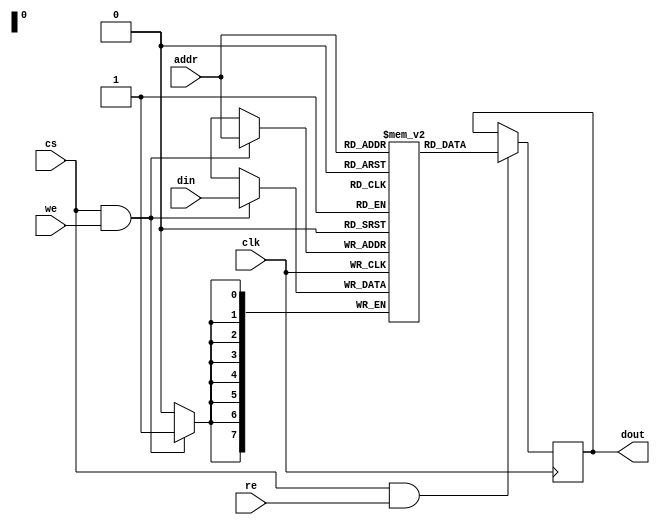
module sram #(
    parameter WIDTH = 8,      // Number of bits per word
    parameter DEPTH = 256     // Number of words in memory
)(
    input wire clk,           // Clock signal
    input wire cs,            // Chip Select
    input wire we,            // Write Enable
    input wire re,            // Read Enable
    input wire [WIDTH-1:0] din, // Data input
    input wire [$clog2(DEPTH)-1:0] addr, // Address input
    output reg [WIDTH-1:0] dout // Data output
);

    // Memory array declaration
    reg [WIDTH-1:0] memory [0:DEPTH-1];

    // Synchronous write operation
    always @(posedge clk) begin
        if (cs && we) begin
            memory[addr] <= din; // Write data to memory
        end
    end

    // Synchronous read operation
    always @(negedge clk) begin
        if (cs && re) begin
            dout <= memory[addr]; // Read data from memory
        end
    end

    // Optional: Power management and low-power modes
    // (Add your power management logic here if needed)

    // Optional: BIST and testability features
    // (Add your BIST logic here if needed)

endmodule